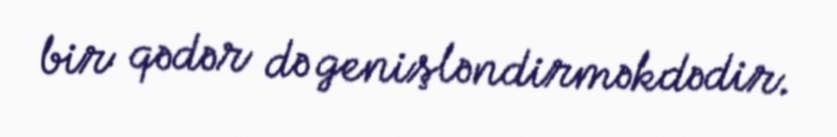
bir qədər də genişləndirməkdədir.